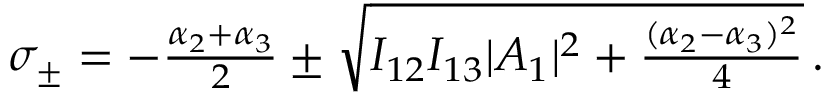
\begin{array} { r } { \sigma _ { \pm } = - \frac { \alpha _ { 2 } + \alpha _ { 3 } } { 2 } \pm \sqrt { I _ { 1 2 } I _ { 1 3 } | A _ { 1 } | ^ { 2 } + \frac { ( \alpha _ { 2 } - \alpha _ { 3 } ) ^ { 2 } } { 4 } } \mathrm { \, . } } \end{array}